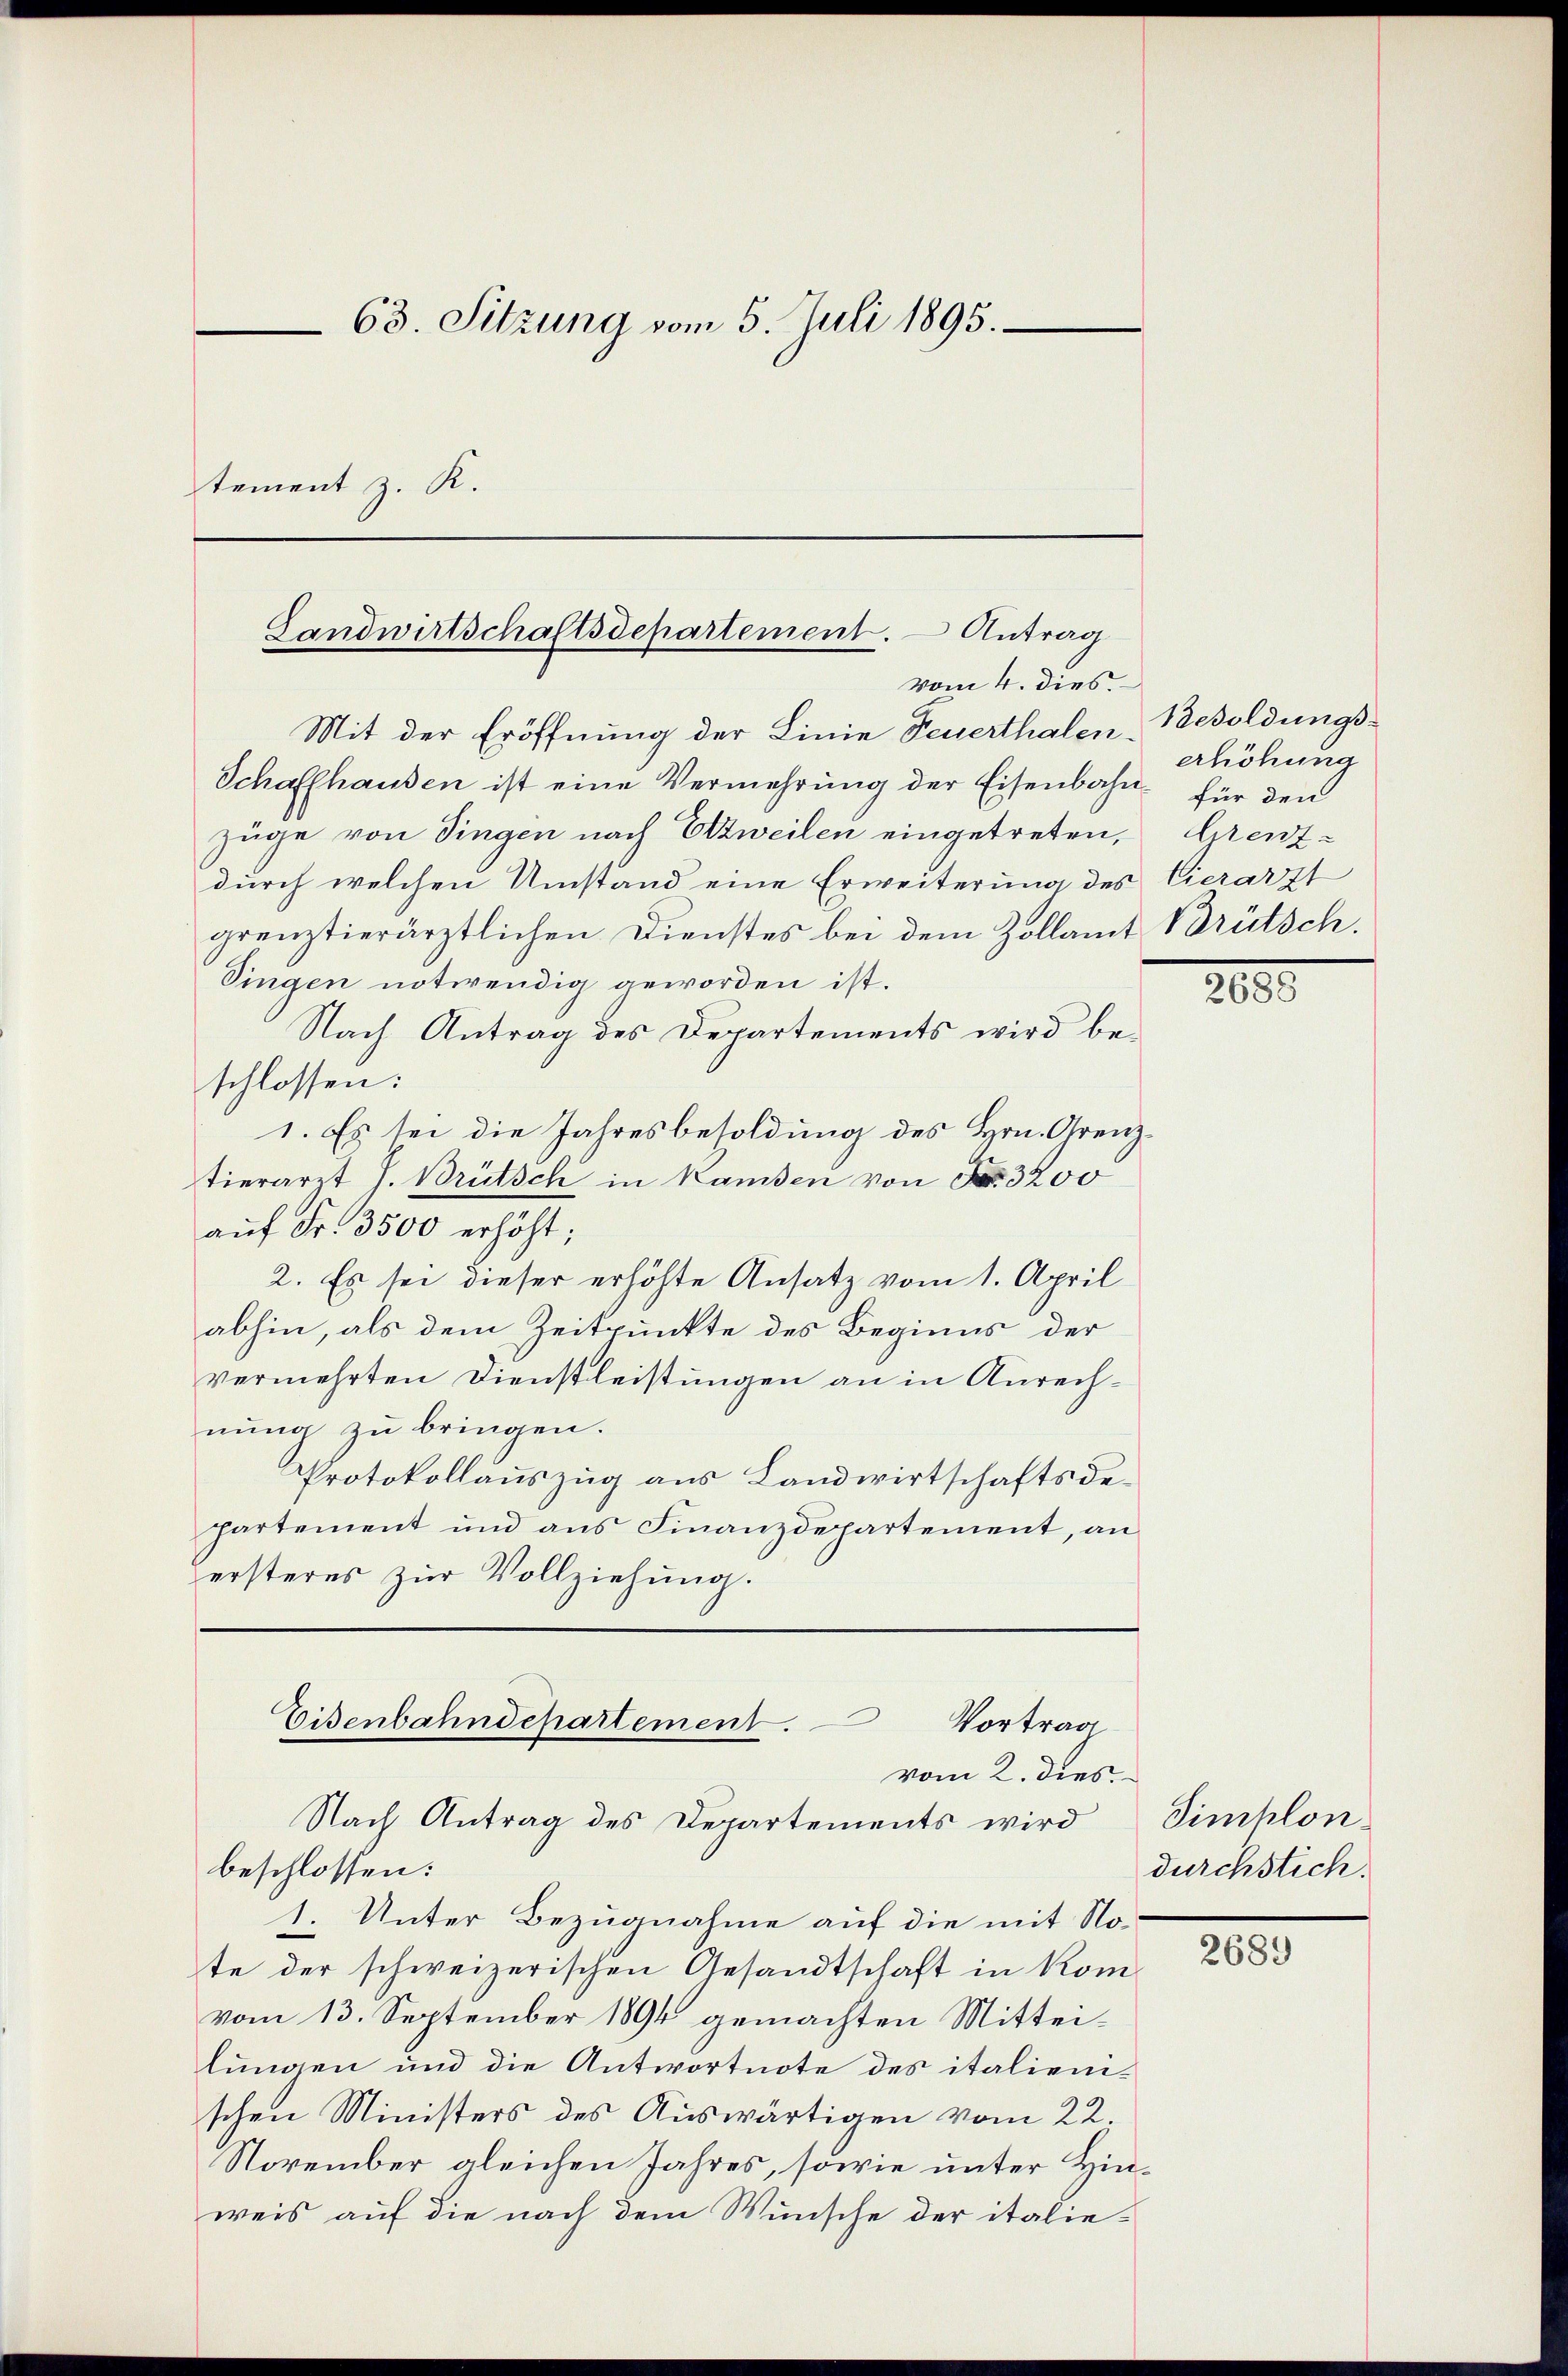
63. Sitzung vom 5. Juli 1895.
tement z. K.

Landwirtschaftsdepartement. – Antrag
vom 4. dies
Mit der Eröffnung der Linie Feuerthalen.

Schaffhausen ist eine Vermehrung der Eisenbahn für den
züge von Singen nach Erzweilen eingetreten,
durch welchen Umstand eine Erweiterung des
grenztierärztlichen Dienstes bei dem Zollamt
Singen notwendig geworden ist.
Nach Antrag des Departements wird be-
schlossen:
1. Es sei die Jahresbesoldung des Hrn. Grenz-
tierarzt J. Brütsch in kamen von Fr. 3200
auf Fr. 3500 erhöht;
2. Es sei dieser erhöhte Ansatz vom 1. April
abhin, als dem Zeitpunkte des Beginns der
vermehrten Dienstleistungen an in Anrechnung zu bringen.
Protokollauszug aus Landwirtschaftsdepartement und aus Finanzdepartement, an
ersteres zŭr Vollziehŭng.

Eisenbahndepartement. Vortrag
vom 2. dies
Nach Antrag des Departements wird

beschlossen:
1. Unter Bezugnahme auf die mit Note der schweizerischen Gesandtschaft in Komvom 13. September 1894 gemachten Mitteilungen und die Antwortnote des italienischen Ministers des Auswärtigen vom 22.
November gleichen Jahres, sowie unter Hinweis auf die nach dem Wunsche der italie¬

Besoldungserhöhung
Grenz
Cierarzt
Brütsch.

2000

Simplon
durchstich.

2689